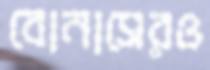
বোনাসেরও